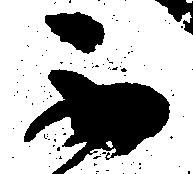
不